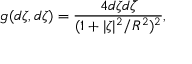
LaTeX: g ( d \zeta , d \zeta ) = \frac { 4 d \zeta d \bar { \zeta } } { ( 1 + | \zeta | ^ { 2 } / R ^ { 2 } ) ^ { 2 } } ,